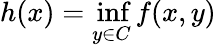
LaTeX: h(x)=\operatorname*{inf}_{y\in C}f(x,y)